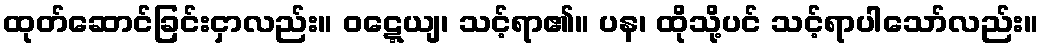
ထုတ်ဆောင်ခြင်းငှာလည်း။ ဝဋ္ဋေယျ၊ သင့်ရာ၏။ ပန၊ ထိုသို့ပင် သင့်ရာပါသော်လည်း။